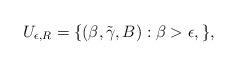
LaTeX: \begin{align*}U_{\epsilon,R}=\{(\beta,\tilde\gamma,B): \beta>\epsilon, \}, \end{align*}